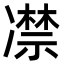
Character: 凚